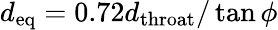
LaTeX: d_{\mathrm{eq}}=0.72d_{\mathrm{throat}}/\tan\phi